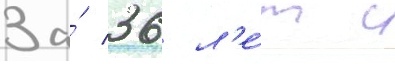
За́ 36 л'е́т с